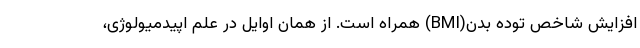
افزایش شاخص توده بدن(BMI) همراه است. از همان اوایل در علم اپیدمیولوژی،